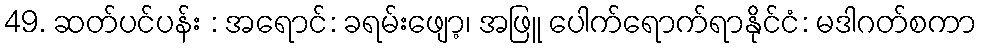
49. ဆတ်ပင်ပန်း : အရောင်: ခရမ်းဖျော့၊ အဖြူ ပေါက်ရောက်ရာနိုင်ငံ: မဒါဂတ်စကာ